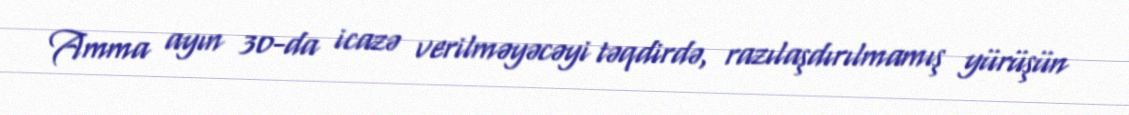
Amma ayın 30-da icazə verilməyəcəyi təqdirdə, razılaşdırılmamış yürüşün